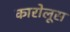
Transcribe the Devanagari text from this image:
कारोलूस